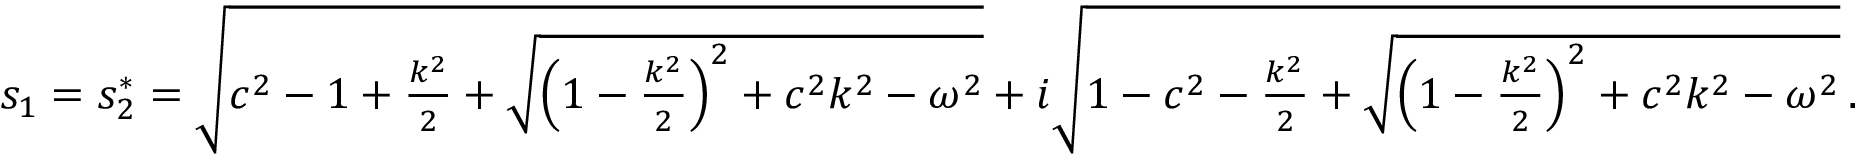
\begin{array} { r } { s _ { 1 } = s _ { 2 } ^ { * } = \sqrt { c ^ { 2 } - 1 + \frac { k ^ { 2 } } { 2 } + \sqrt { \left( 1 - \frac { k ^ { 2 } } { 2 } \right) ^ { 2 } + c ^ { 2 } k ^ { 2 } - \omega ^ { 2 } } } + i \sqrt { 1 - c ^ { 2 } - \frac { k ^ { 2 } } { 2 } + \sqrt { \left( 1 - \frac { k ^ { 2 } } { 2 } \right) ^ { 2 } + c ^ { 2 } k ^ { 2 } - \omega ^ { 2 } } } \, . } \end{array}